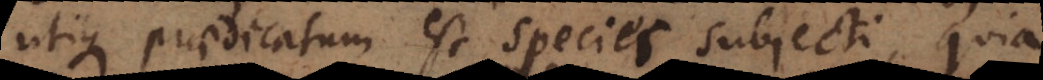
utique praedicatum est species subjecti, quia